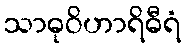
သာဓုဝိဟာရိဓီရံ